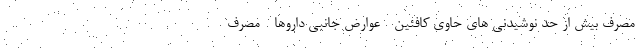
مصرف بیش از حد نوشیدنی های حاوی کافئین - عوارض جانبی داروها - مصرف